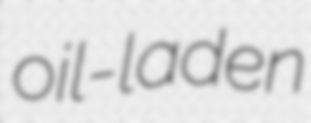
oil-laden